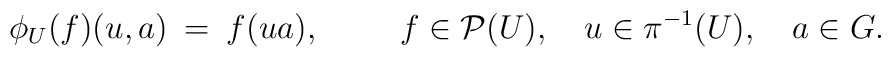
\phi_U (f) (u,a) \: = \: f(ua), \hspace{1cm}  f \in {\cal P}(U), \quad u \in \pi^{-1}(U), \quad a \in G.